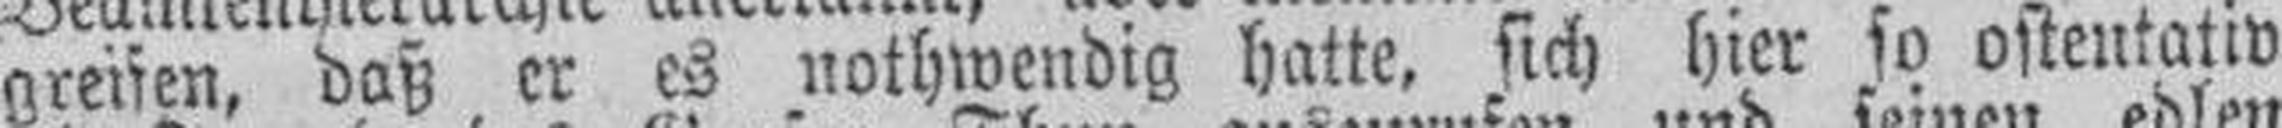
greifen, daß er es nothwendig hatte, sich hier so ostentativ